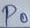
Text: P0